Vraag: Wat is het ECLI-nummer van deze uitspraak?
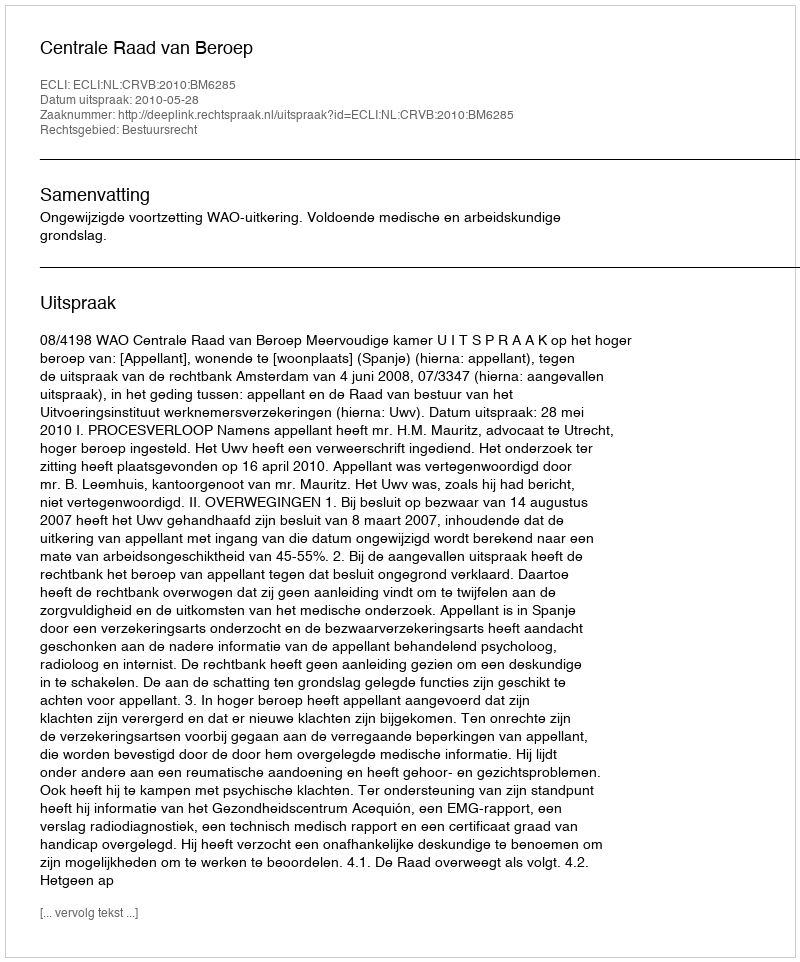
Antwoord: ECLI:NL:CRVB:2010:BM6285